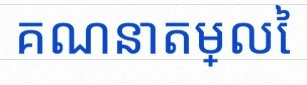
គណនាតម្លៃ